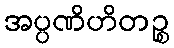
အပ္ပဏိဟိတဉ္စ